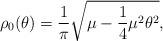
LaTeX: \begin{align*} \rho _0(\theta )=\frac{1}{\pi}\sqrt{\mu-\frac{1}{4}\mu ^2\theta ^2},\end{align*}